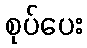
စုပ်ပေး